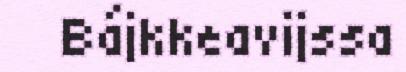
Bájkkeavijssa